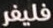
فليفر